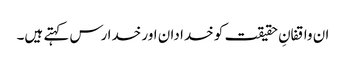
ان واقفانِ حقیقت کو خدا دان اور خدا رس کہتے ہیں۔